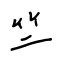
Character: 竺